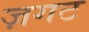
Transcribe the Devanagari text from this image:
ज़गट